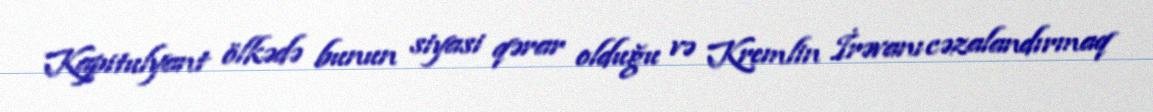
Kapitulyant ölkədə bunun siyasi qərar olduğu və Kremlin İrəvanı cəzalandırmaq